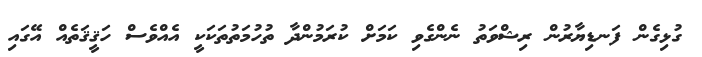
ގުޅިގެން ފަނޑިޔާރުން ރިޝްވަތު ނެންގެވި ކަމަށް ކުރަމުންދާ ތުހުމަތުތަކަކީ އެއްވެސް ހަޤީޤަތެއް އޭގައި